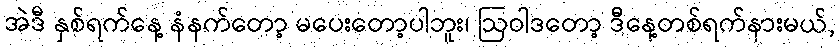
အဲဒီ နှစ်ရက်နေ့ နံနက်တော့ မပေးတော့ပါဘူး၊ ဩဝါဒတော့ ဒီနေ့တစ်ရက်နားမယ်,